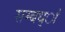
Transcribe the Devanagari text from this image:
सम्बध्ां